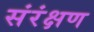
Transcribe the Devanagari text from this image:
संरंक्षण